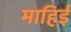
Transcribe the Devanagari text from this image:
माहिई